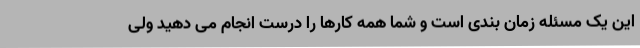
این یک مسئله زمان بندی است و شما همه کارها را درست انجام می دهید ولی